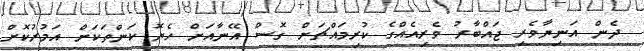
ދެން އަނިޔާވެރި ޖައްބާރު ވެރިއެއްގެ ކުރިމައްޗަށް ގޮސް އޭނާއަށް ހެޔޮ ކަންތަކަށް އަމުރުކޮށް